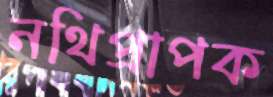
নথিপ্রাপক